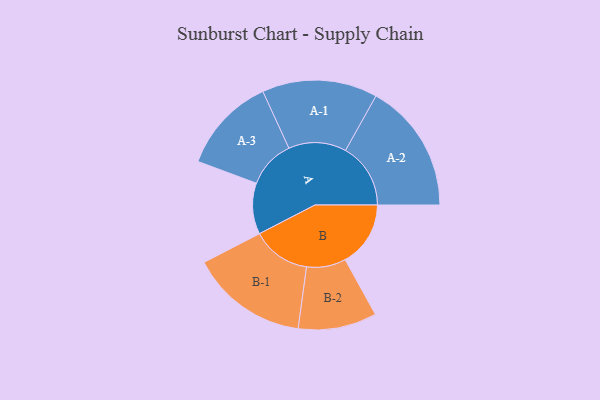
{"axis": {"x": "Segment", "y": "Value"}, "legend": ["", "A", "B"], "data": [{"x": "A", "y": 186, "type": ""}, {"x": "B", "y": 238, "type": ""}, {"x": "A-1", "y": 210, "type": "A"}, {"x": "A-2", "y": 237, "type": "A"}, {"x": "A-3", "y": 175, "type": "A"}, {"x": "B-1", "y": 214, "type": "B"}, {"x": "B-2", "y": 143, "type": "B"}]}